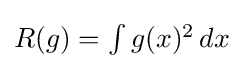
{\textstyle R(g)=\int g(x)^{2}\,dx}